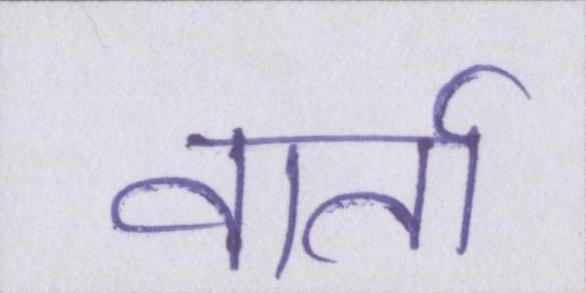
वार्ता